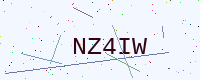
Text: NZ4IW